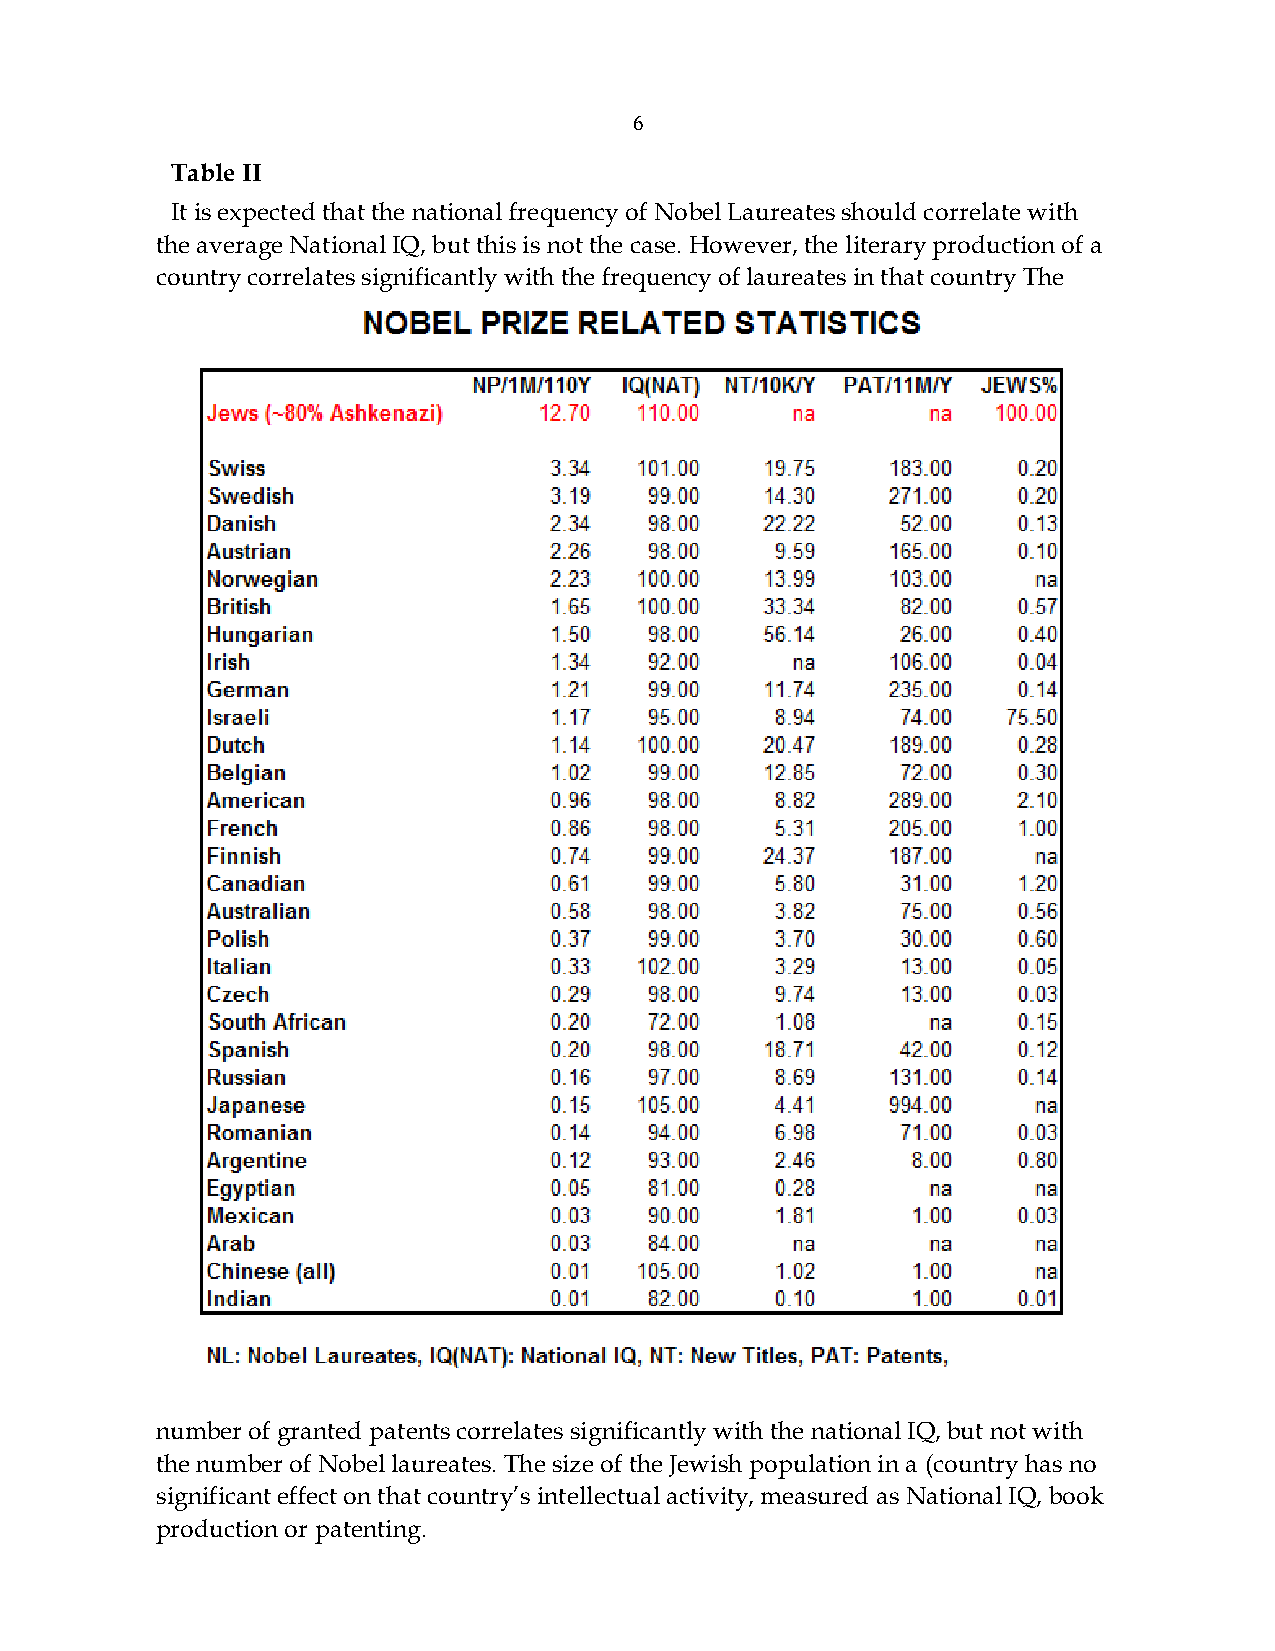
6
 Table II
 It is expected that the national frequency of Nobel Laureates should correlate with
 the average National IQ, but this is not the case. However, the literary production of a
 country correlates significantly with the frequency of laureates in that country The
 number of granted patents correlates significantly with the national IQ, but not with
 the number of Nobel laureates. The size of the Jewish population in a (country has no
 significant effect on that country’s intellectual activity, measured as National IQ, book
 production or patenting.